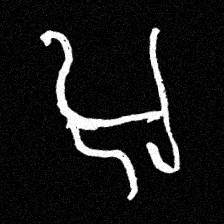
Pyu character \u2014 Myanmar letter: အ (romanized: a)